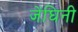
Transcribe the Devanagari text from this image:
जेंघिनी